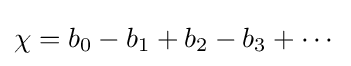
\chi =b_{0}-b_{1}+b_{2}-b_{3}+\cdots